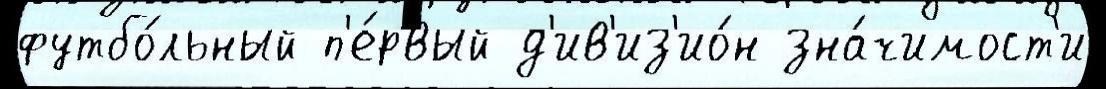
футбо́льный п'е́рвый д'ив'из'ио́н зна́чимост'и